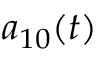
a _ { 1 0 } ( t )